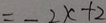
= - 2 x + 2